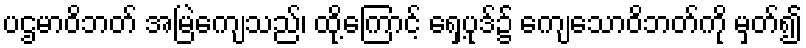
ပဌမာဝိဘတ် အမြဲကျေသည်၊ ထို့ကြောင့် ရှေ့ပုဒ်၌ ကျေသောဝိဘတ်ကို မှတ်၍